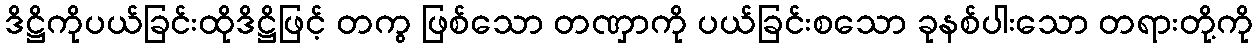
ဒိဋ္ဌိကိုပယ်ခြင်းထိုဒိဋ္ဌိဖြင့် တကွ ဖြစ်သော တဏှာကို ပယ်ခြင်းစသော ခုနစ်ပါးသော တရားတို့ကို